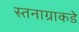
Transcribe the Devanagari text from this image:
स्तनाग्राकडे